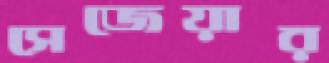
সেজেয়ার